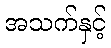
အသက်နှင့်